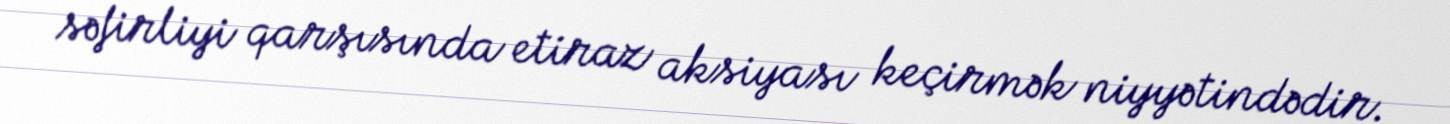
səfirliyi qarşısında etiraz aksiyası keçirmək niyyətindədir.